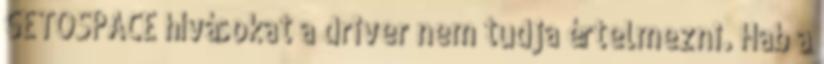
GETOSPACE hívásokat a driver nem tudja értelmezni. Hab a